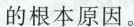
的根本原因。